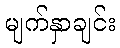
မျက်နှာချင်း